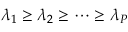
\lambda _ { 1 } \geq \lambda _ { 2 } \geq \dots \geq \lambda _ { P }